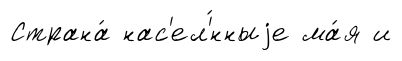
Страна́ нас'ел'́нныjе ма́я и